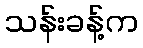
သန်းခန့်က